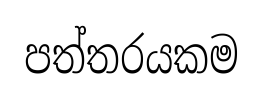
පත්තරයකම